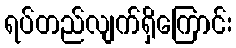
ရပ်တည်လျက်ရှိကြောင်း